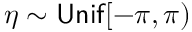
\eta \sim \mathsf { U n i f } [ - \pi , \pi )